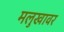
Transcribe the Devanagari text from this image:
मलुखावर